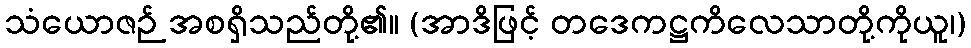
သံယောဇဉ် အစရှိသည်တို့၏။ (အာဒိဖြင့် တဒေကဋ္ဌကိလေသာတို့ကိုယူ၊)